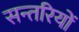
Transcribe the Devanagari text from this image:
सन्तरियों